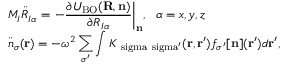
\begin{array} { l } { { \displaystyle M _ { I } { \ddot { R } } _ { I \alpha } = \left. - \frac { \partial { \cal U } _ { \mathrm { B O } } ( { \bf R , n } ) } { \partial R _ { I \alpha } } \right\vert _ { \bf n } } , ~ ~ \alpha = x , y , z \ ~ } \\ { { \displaystyle { \ddot { n } } _ { \sigma } ( { \bf r } ) = - \omega ^ { 2 } \sum _ { \sigma ^ { \prime } } \int K _ { \mathrm { \ s i g m a \ s i g m a ^ { \prime } } } ( { \bf r } , { \bf r ^ { \prime } } ) f _ { \sigma ^ { \prime } } [ { \bf n } ] ( { \bf r ^ { \prime } } ) d { \bf r ^ { \prime } } } , } \end{array}